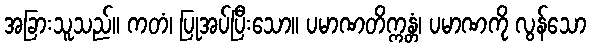
အခြားသူသည်။ ကတံ၊ ပြုအပ်ပြီးသော။ ပမာဏတိက္ကန္တံ၊ ပမာဏကို လွန်သော